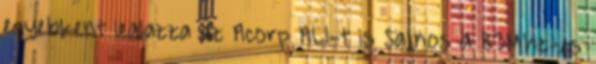
egyebkent lealazza az Acorp ALI-t is Sajnos a 83Mhz-es